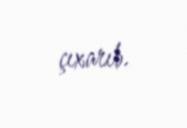
çıxarıb.